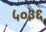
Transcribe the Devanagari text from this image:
५०३६